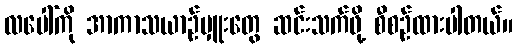
လပေါ်ကို အာကာသယာဉ်မှူးတွေ ဆင်းသက်ဖို့ စီစဉ်ထားပါတယ်။